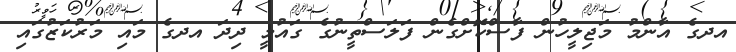
އދގެ އާންމު މަޖިލީހުން ފާސްކޮށްގެން ފަލަސްތީނުގެ ގައުމީ ދިދަ އދގެ މައި މަރުކަޒުގައި